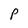
Character: P